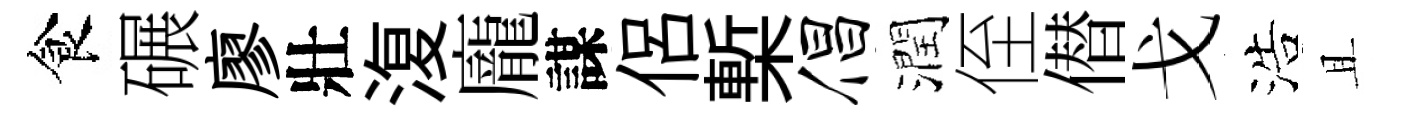
食碾廖壯𣸪龐謀侣槧倡潤侄僣戈浩且